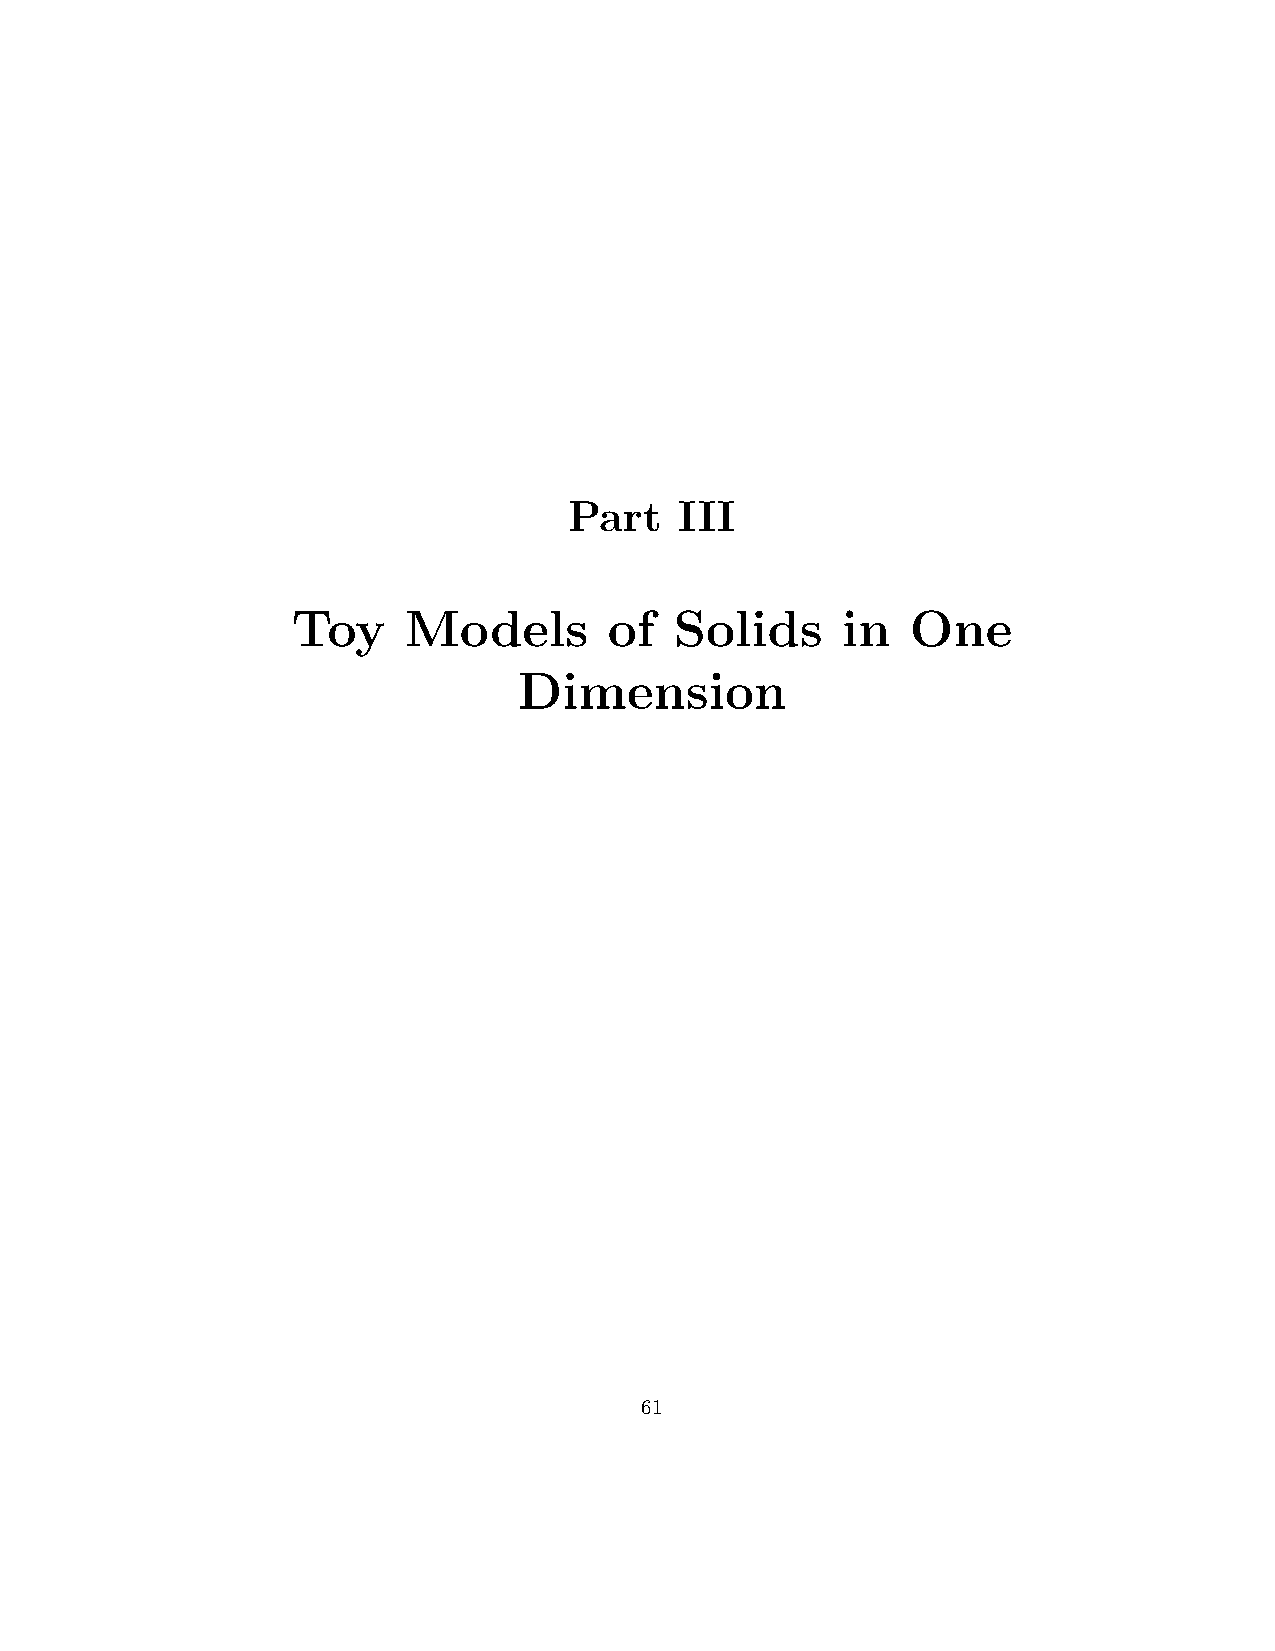
Part   III
 Toy     Models       of   Solids     in  One
 Dimension
 61